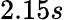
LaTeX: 2.15s